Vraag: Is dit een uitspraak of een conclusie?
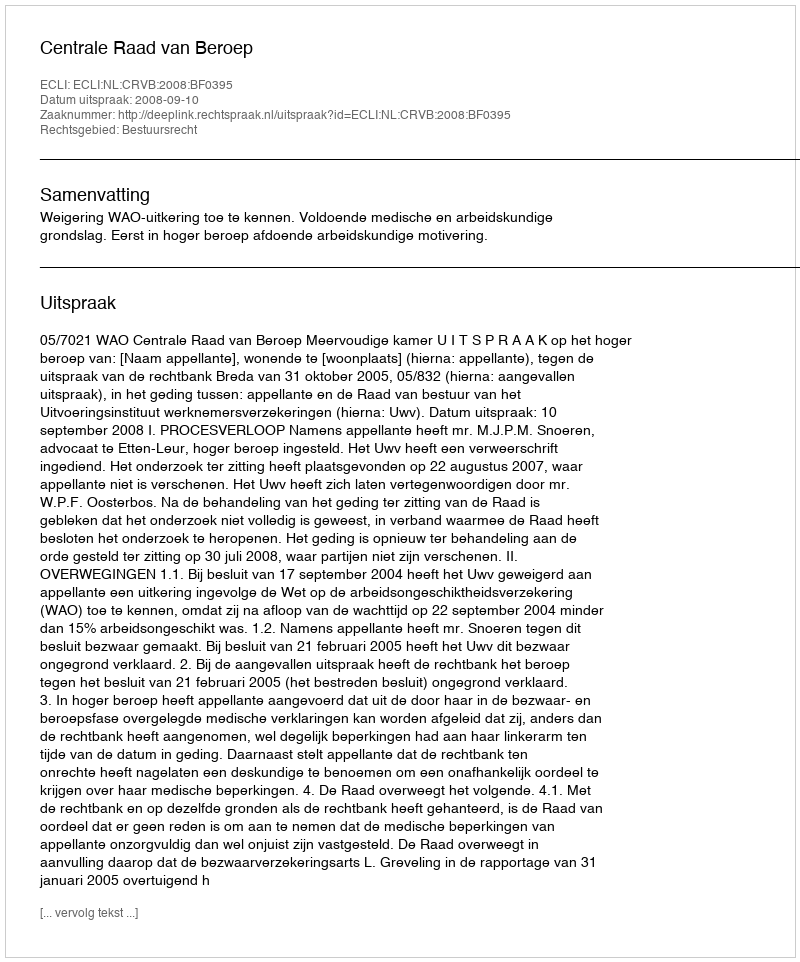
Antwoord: Uitspraak